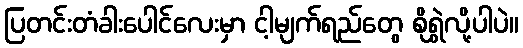
ပြတင်းတံခါးပေါင်လေးမှာ ငါ့မျက်ရည်တွေ စိုရွှဲလို့ပါပဲ။